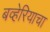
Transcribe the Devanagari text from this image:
बव्हेरियाचा